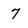
Character: 7